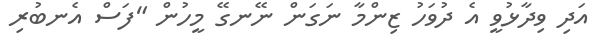
އަދި ވިދާޅުވީ އެ ދުވަހު ޒިންމާ ނަގަން ނޭނގޭ މީހުން "ފަސް އެނބުރި